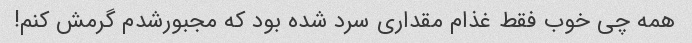
همه چی خوب فقط غذام مقداری سرد شده بود که مجبورشدم گرمش کنم!